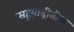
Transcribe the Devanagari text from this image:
सह्य़ाद्रीतील